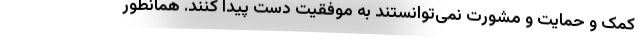
کمک و حمایت و مشورت نمی‌توانستند به موفقیت دست پیدا کنند. همانطور